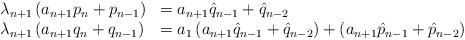
LaTeX: \begin{align*}\left.\begin{array}{ll}\lambda_{n+1} \left(a_{n+1}p_n+p_{n-1}\right)&= a_{n+1}\hat{q}_{n-1}+\hat{q}_{n-2}\\\lambda_{n+1} \left( a_{n+1}q_n+q_{n-1}\right)&=a_1\left(a_{n+1}\hat{q}_{n-1}+\hat{q}_{n-2}\right)+\left(a_{n+1}\hat{p}_{n-1}+\hat{p}_{n-2}\right)\end{array}\right.\end{align*}